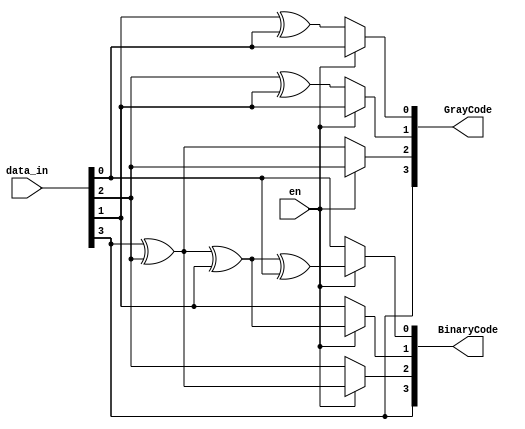
module B_G(
input [3:0] data_in,
input en,
output reg [3:0] BinaryCode,GrayCode
);
always @(*) begin
if(en)begin //Gray to Binary Converter
 BinaryCode[3]=data_in[3];
 BinaryCode[2]=BinaryCode[3]^data_in[2];
 BinaryCode[1]=BinaryCode[2]^data_in[1];
 BinaryCode[0]=BinaryCode[1]^data_in[0];
 GrayCode=data_in;
end
else begin //Binary to Gray converter
 GrayCode[3]=data_in[3];
 GrayCode[2]=data_in[3]^data_in[2];
 GrayCode[1]=data_in[2]^data_in[1];
 GrayCode[0]=data_in[1]^data_in[0];
 BinaryCode=data_in;
end
end
endmodule